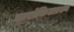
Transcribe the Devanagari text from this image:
तारांकितप्रश्न